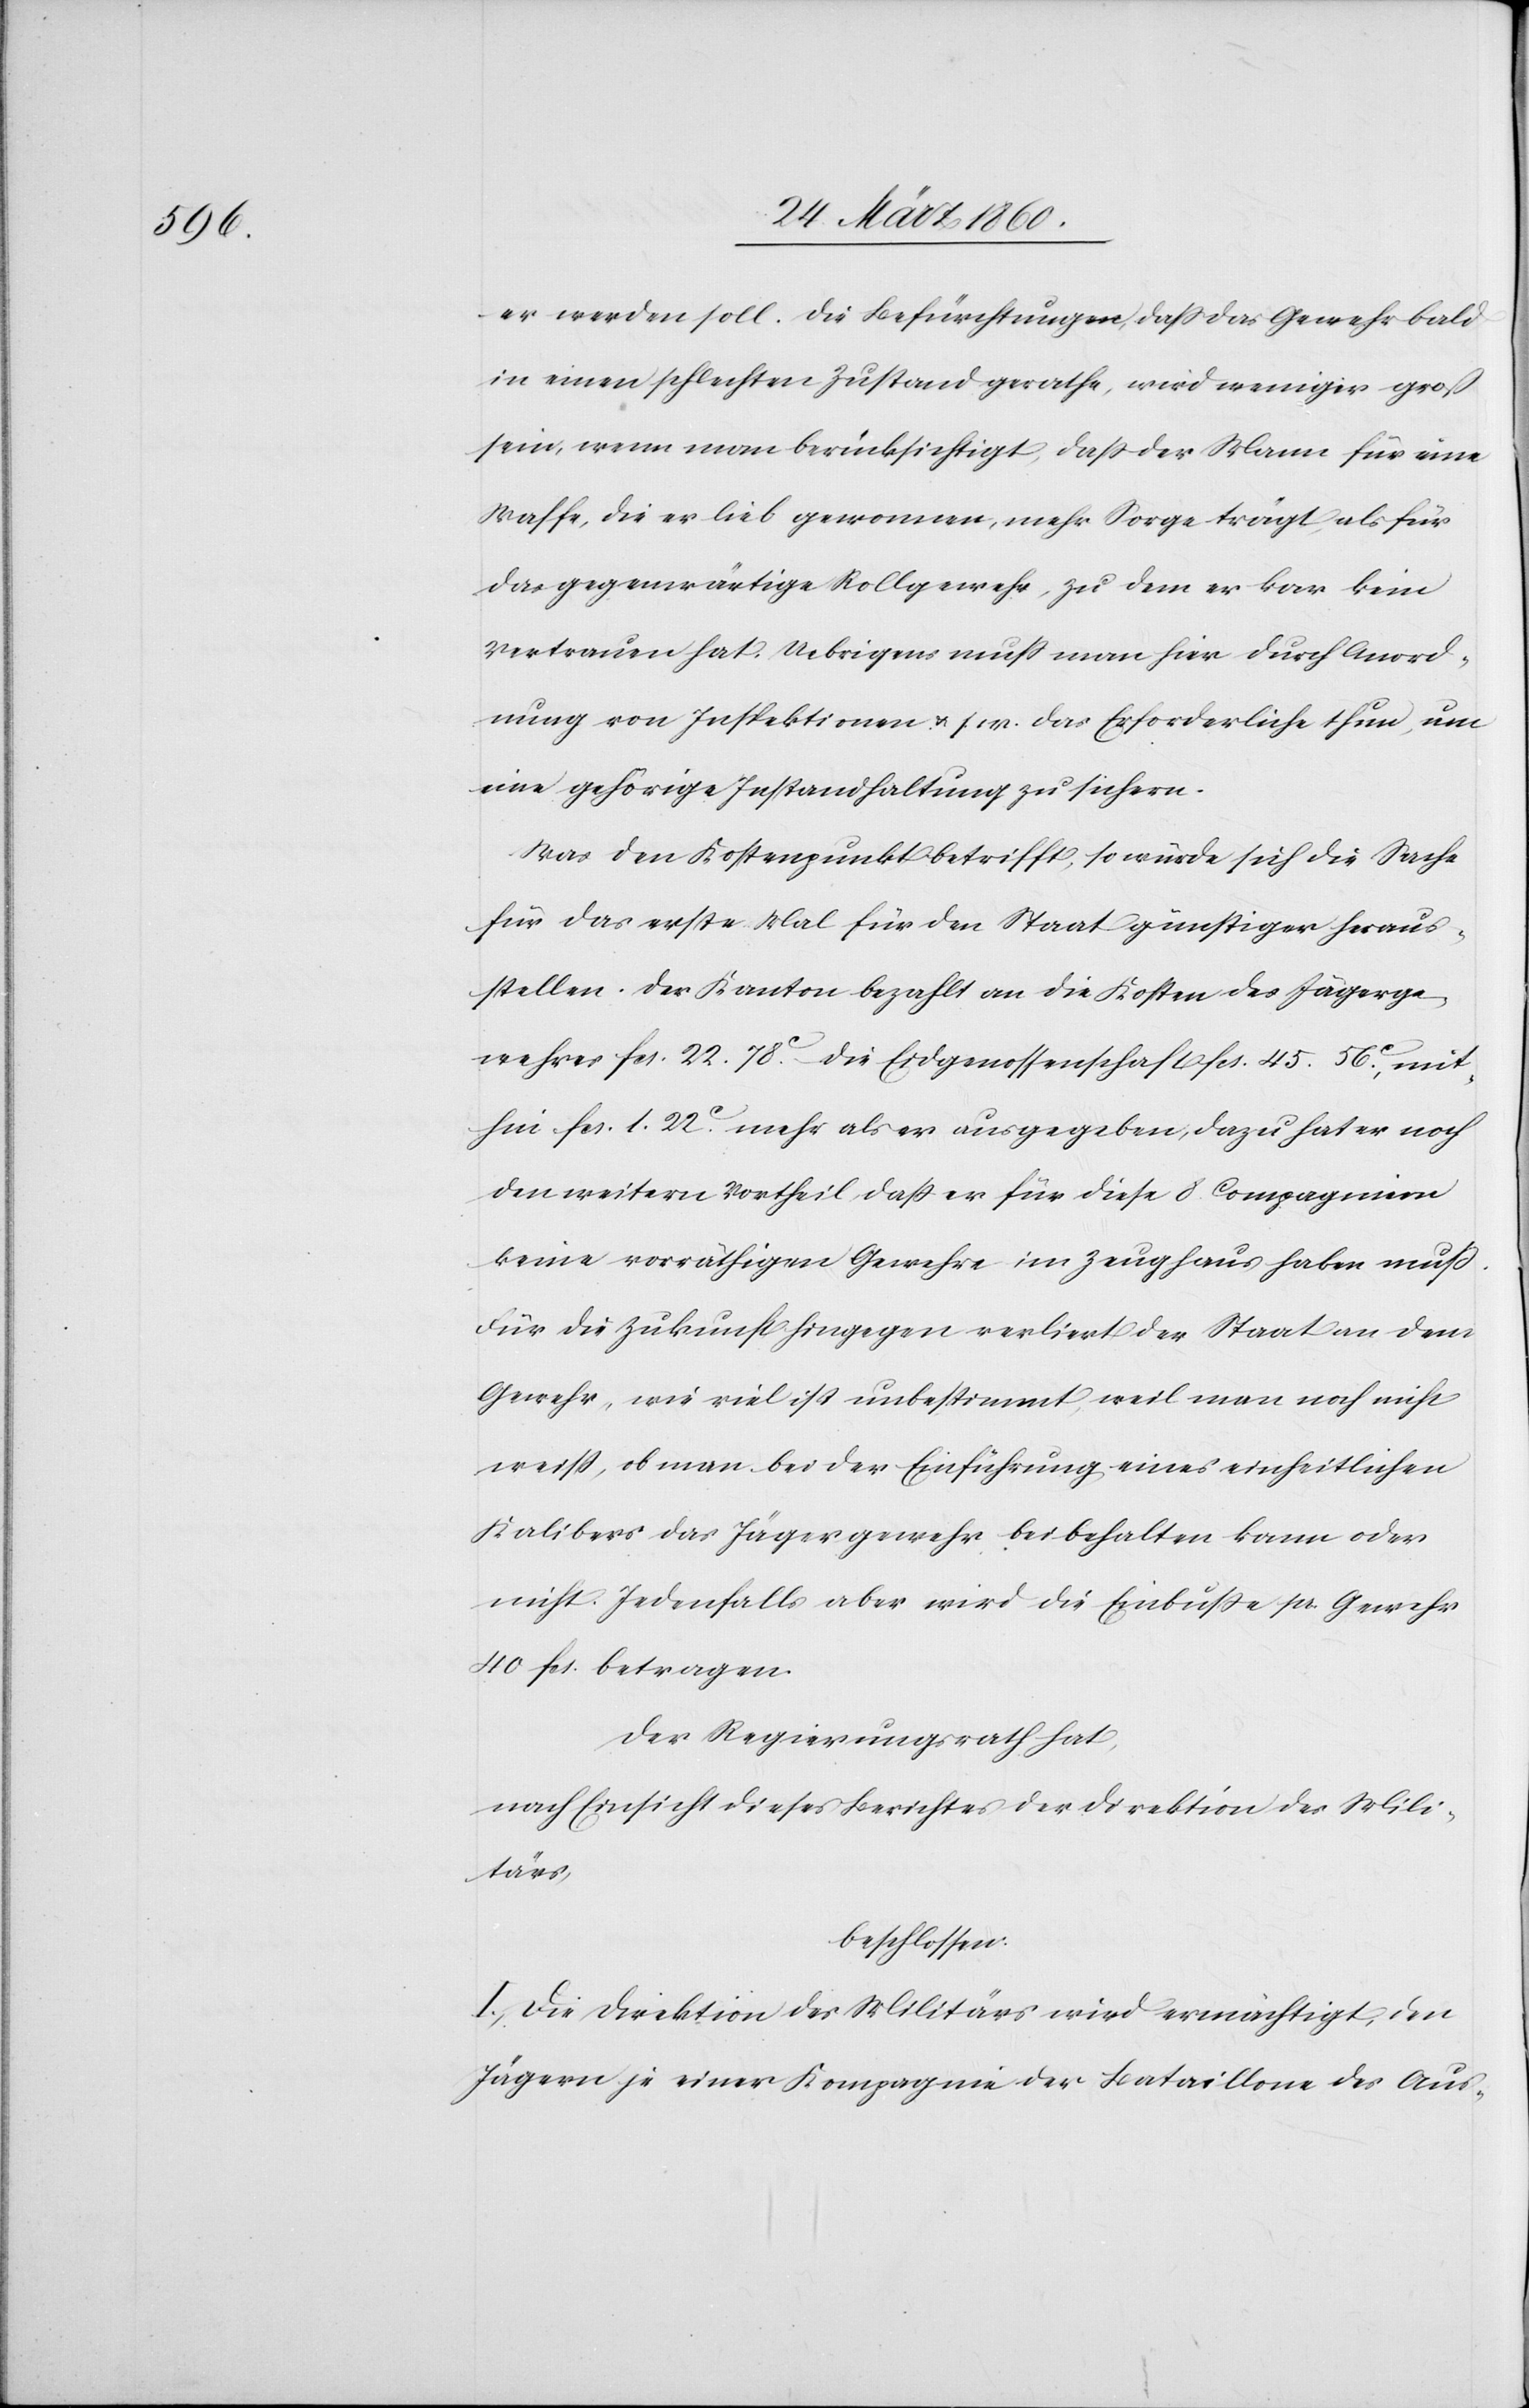
er werden soll. Die Befürchtung, dass das Gewehr bald
in einen schlechten Zustand gerathe, wird weniger groß
sein, wenn man berücksichtigt, dass der Mann für eine
Waffe, die er lieb gewonnen, mehr Sorge trägt, als für
das gegenwärtige Rollgewehr, zu dem er kar [sic!]
vertrauen hat. Uebrigens muss man hier durch Anord¬
nung von Inspektionen u. s. w. das Erforderliche thun, um
eine gehörige Instandhaltung zu sichern.
Was den Kostenpunkt betrifft, so würde sich die Sache
für das erste Mal für den Staat günstiger heraus¬
stellen. Der Kanton bezahlt an die Kosten des Jägerge¬
wehres fcs. 22. 78C, die Eidgenossenschaft fcs. 45. 56C, mit¬
hin fcs. 1. 22.C mehr als er ausgegeben, dazu hat er noch
den weitern Vortheil, dass er für diese 8 Compagnien
keine vorräthigen Gewehre im Zeughaus haben muss.
Für die Zukunft hingegen verliert der Staat an dem
Gewehr, wie viel ist unbestimmt, weil man noch nicht
weiß, ob man bei der Einführung eines einheitlichen
Kalibers das Jägergewehr beibehalten kann oder
nicht. Jedenfalls aber wird die Einbusse pr. Gewehr
40 fcs. betragen.
Der Regierungsrath hat,
nach Einsicht dieses Berichtes der Direktion des Mili¬
tärs,
beschlossen:
I. Die Direktion des Militärs wird ermächtigt, den
Jägern je einer Kompagnie der Bataillone des Aus-